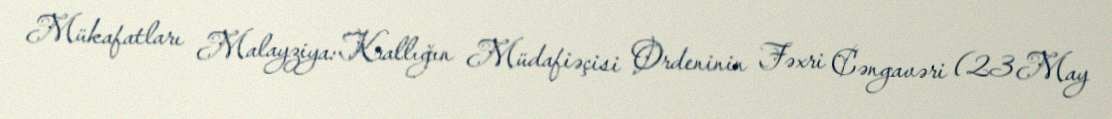
Mükafatları Malayziya: Krallığın Müdafiəçisi Ordeninin Fəxri Cəngavəri (23 May